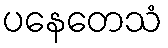
ပနေတေသံ